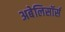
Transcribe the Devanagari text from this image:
अबेलिसॉर्स